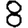
Digit: 8